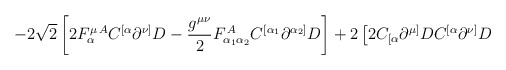
\begin{align*}\left. -2\sqrt{2}\left[2 F_{\alpha}^{\mu\,A}C^{[\alpha} \partial^{\nu]}D -\frac{g^{\mu\nu}}{2}F_{\alpha_1\alpha_{2}}^{\,A} C^{[\alpha_1}\partial^{\alpha_{2}]}D \right] +2\left[2C_{[\alpha} \partial^{\mu]}DC^{[\alpha} \partial^{\nu]}D \right. \right.\end{align*}